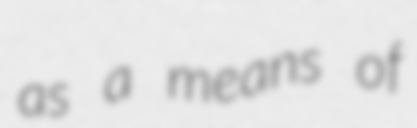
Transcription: as a means of